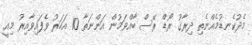
މެދުކެނޑުމެއްނެތި ދިރާގު ރޯޑް ރޭސް ބާއްވަމުން އަންނަތާ 10 އަހަރު ވެފައިވާއިރު މިއީ